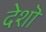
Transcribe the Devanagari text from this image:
देशॊ